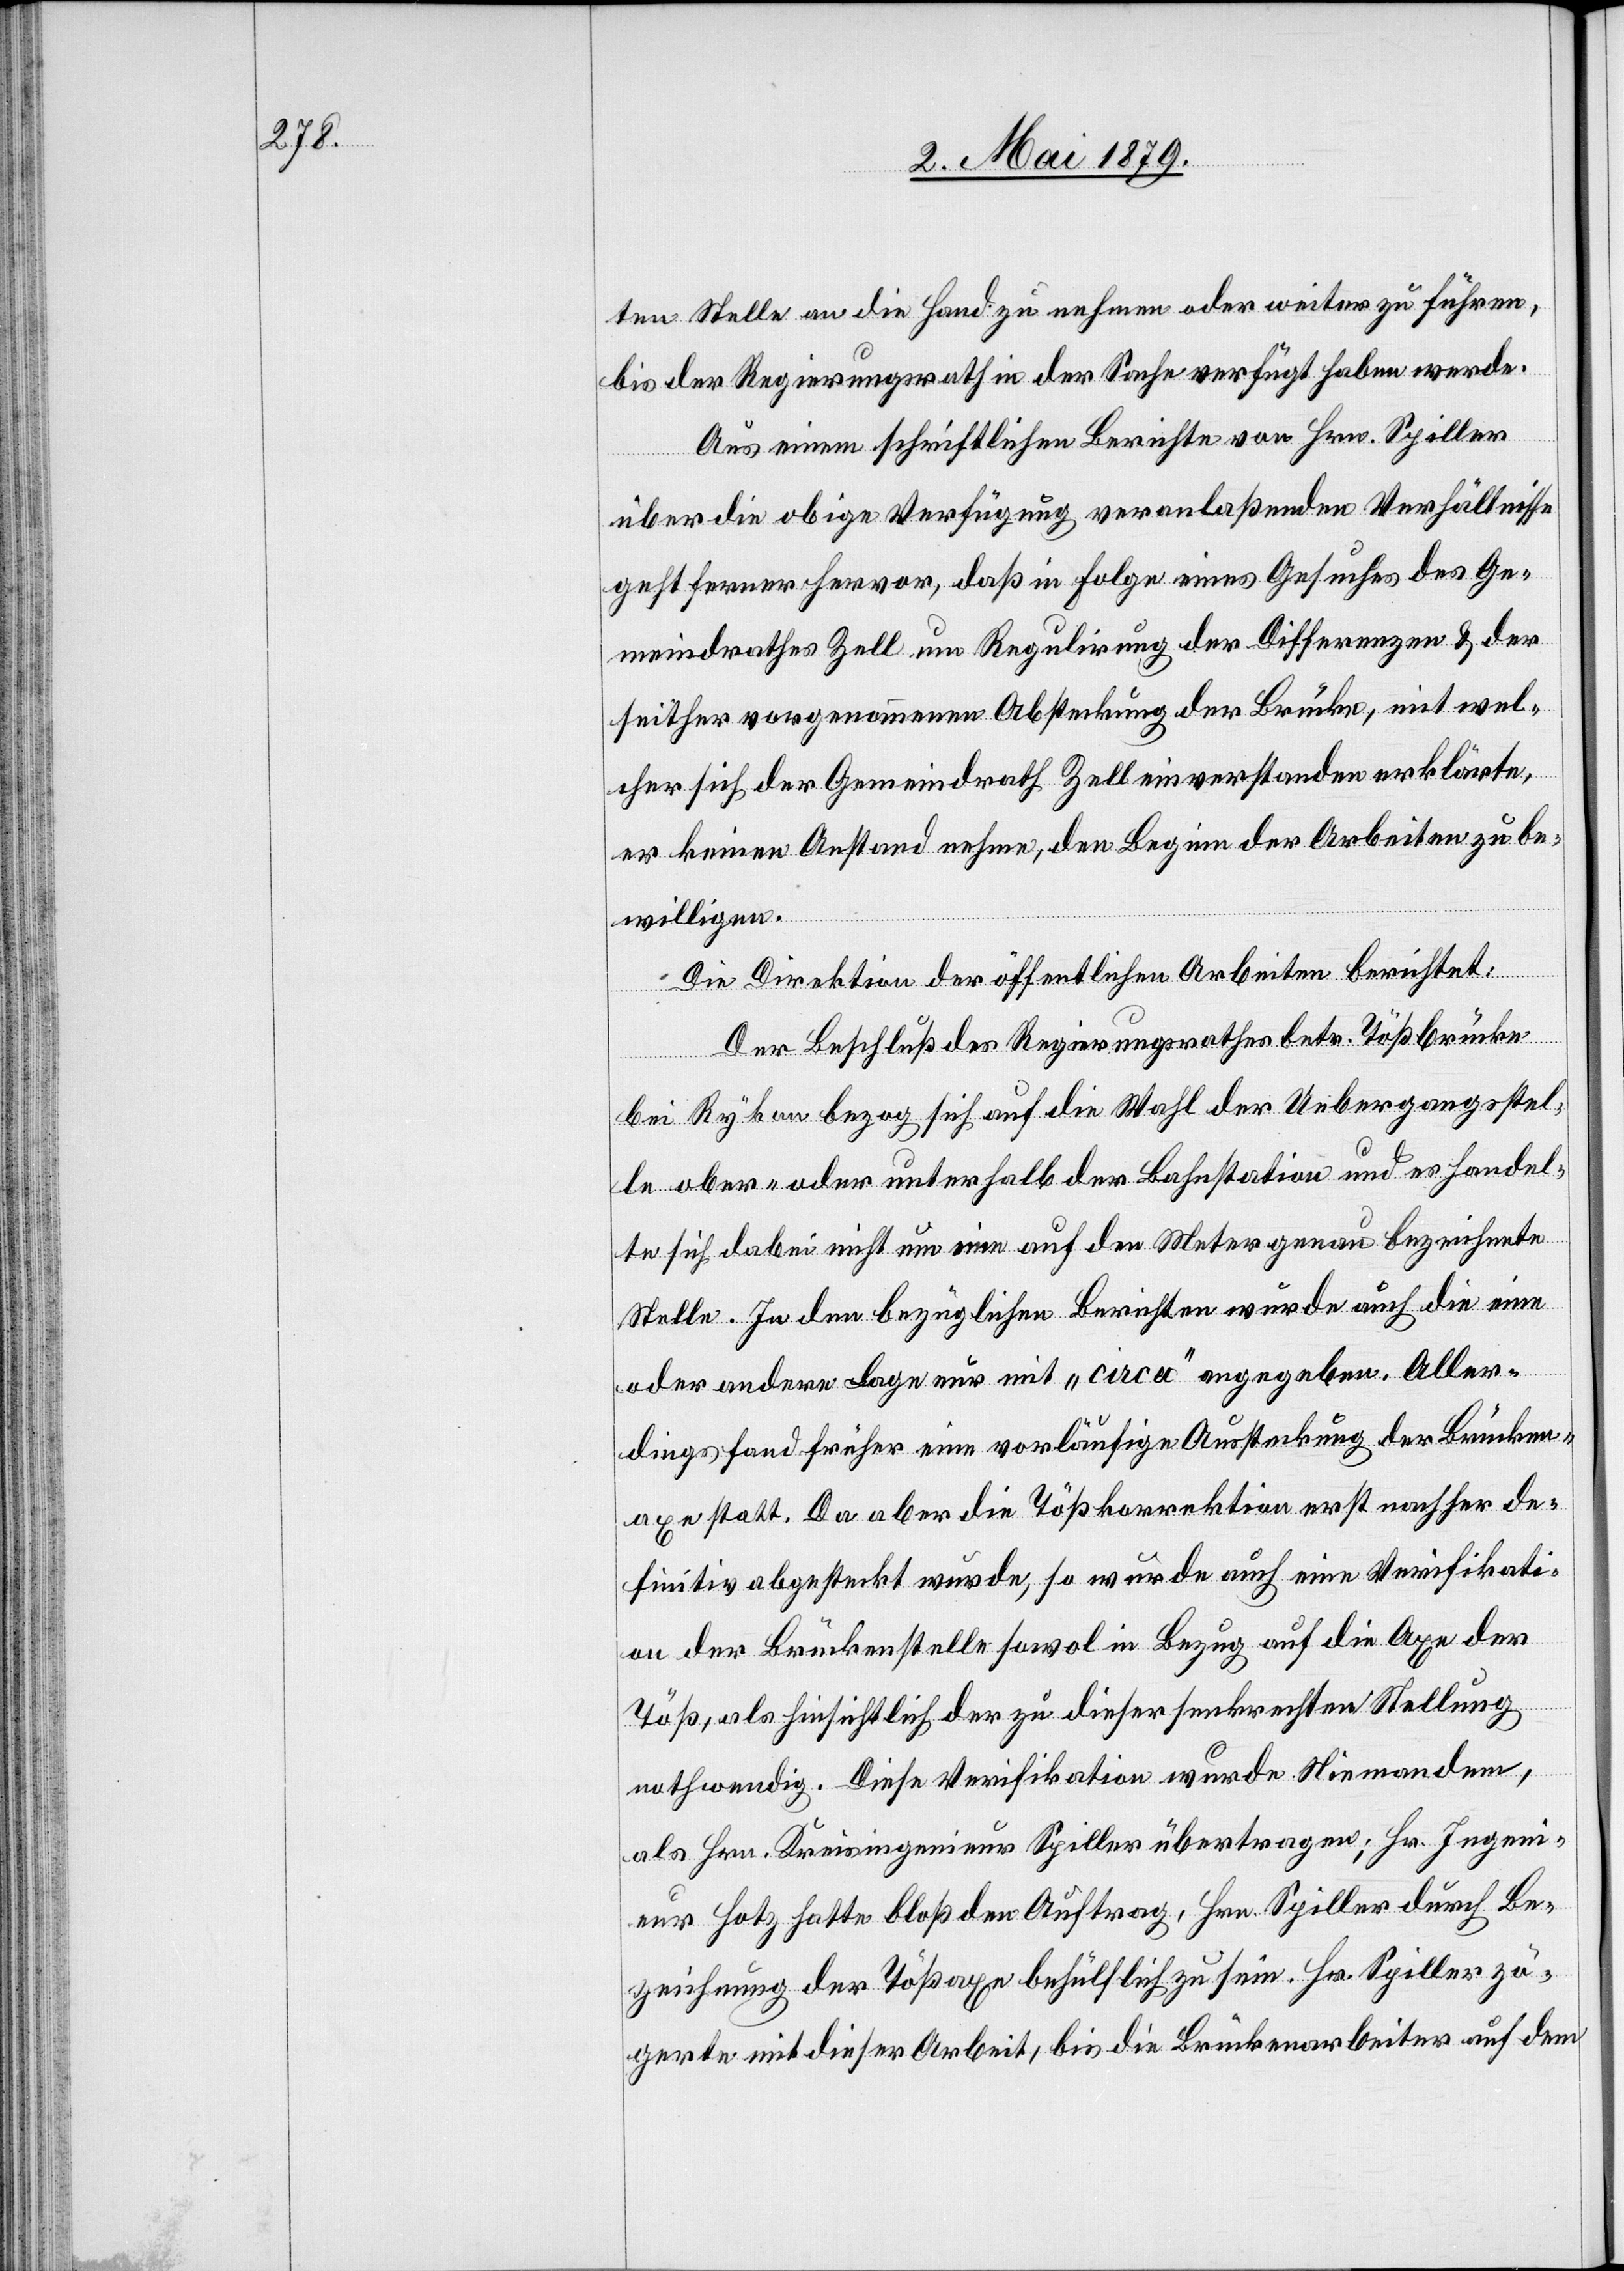
ten Stelle an die Hand zu nehmen oder weiter zu führen,
bis der Regierungsrath in der Sache verfügt haben werde.
Aus einem schriftlichen Berichte von Hrn. Spiller
über die obige Verfügung veranlaßenden Verhältnisse
geht ferner hervor, daß in Folge eines Gesuches des Ge¬
meindrathes Zell um Regulirung der Differenzen & der
seither vorgenommenen Absteckung der Brücke, mit wel¬
cher sich der Gemeindrath Zell einverstanden erklärte,
er keinen Anstand nehme, den Beginn der Arbeiten zu be¬
willigen.
Die Direktion der öffentlichen Arbeiten berichtet:
Der Beschluß des Regierungsrathes betr. Tößbrücke
bei Rykon bezog sich auf die Wahl der Uebergangsstel¬
le ober- oder unterhalb der Bahnstation und es handel¬
te sich dabei nicht um eine auf den Meter genau bezeichnete
Stelle. In den bezüglichen Berichten wurde auch die eine
oder andere Lage nur mit „circa“ angegeben. Aller¬
dings fand früher eine vorläufige Aussteckung der Brücken¬
axe statt. Da aber die Tößkorrektion erst nachher de¬
finitiv abgesteckt wurde, so wurde auch eine Verifikati¬
on der Brückenstelle sowol in Bezug auf die Axe der
Töß, als hinsichtlich der zu dieser senkrechten Stellung
nothwendig. Diese Verifikation wurde Niemandem,
als Hrn. Kreisingenieur Spiller übertragen; Hr. Ingeni¬
eur Hotz hatte bloß den Auftrag, Hrn. Spiller durch Be¬
zeichnung der Tößaxe behülflich zu sein. Hr. Spiller zö¬
gerte mit dieser Arbeit, bis die Brückenarbeiter auf dem